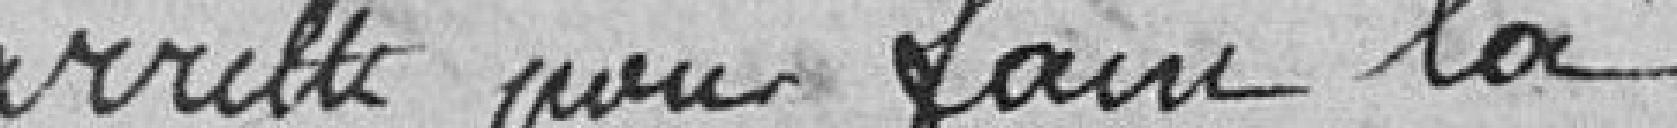
arrêté pour faire la